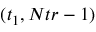
( t _ { 1 } , N t r - 1 )